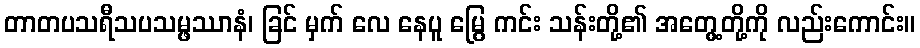
တာတပသရီသပသမ္ဖဿာနံ၊ ခြင် မှက် လေ နေပူ မြွေ ကင်း သန်းတို့၏ အတွေ့တို့ကို လည်းကောင်း။